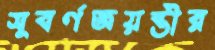
সুবর্ণজয়ন্তীর